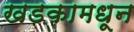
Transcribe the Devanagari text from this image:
खडकामधून